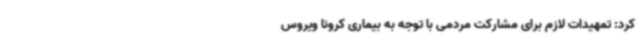
کرد: تمهیدات لازم برای مشارکت مردمی با توجه به بیماری کرونا ویروس